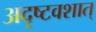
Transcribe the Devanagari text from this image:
अदृष्टवशात्‌